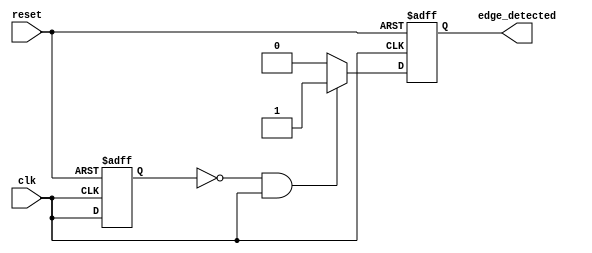
module rising_edge_detector (
    input wire clk,            // Input clock signal
    input wire reset,          // Asynchronous reset signal
    output reg edge_detected   // Output signal indicating a rising edge
);

    reg prev_state;            // Register to hold the previous state of the input signal

    // Asynchronous reset and edge detection logic
    always @(posedge clk or posedge reset) begin
        if (reset) begin
            prev_state <= 1'b0; // Reset previous state to 0
            edge_detected <= 1'b0; // Reset edge detected signal to 0
        end else begin
            // Edge detection logic
            edge_detected <= (prev_state == 1'b0 && clk == 1'b1) ? 1'b1 : 1'b0;
            prev_state <= clk; // Update previous state to current clock state
        end
    end

endmodule